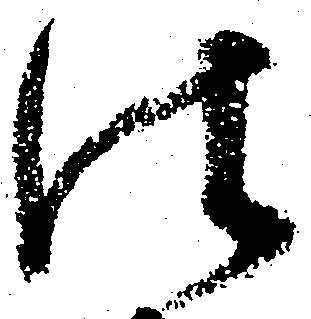
法